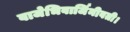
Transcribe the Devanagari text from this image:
वाजेभिवार्जिनीवती।